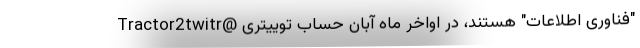
"فناوری اطلاعات" هستند، در اواخر ماه آبان حساب توییتری @Tractor2twitr